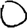
Digit: 0